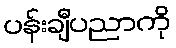
ပန်းချီပညာကို